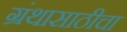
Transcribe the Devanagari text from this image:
ग्रंथासाठीचा